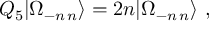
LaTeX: Q _ { 5 } | \Omega _ { - n \, n } \rangle = 2 n | \Omega _ { - n \, n } \rangle \ ,